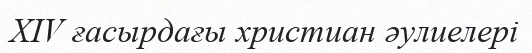
XIV ғасырдағы христиан әулиелері